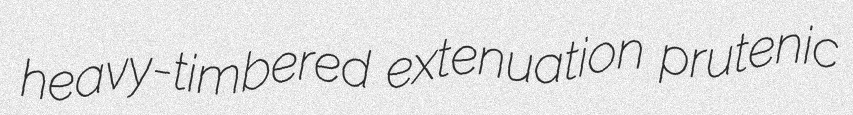
heavy-timbered extenuation prutenic